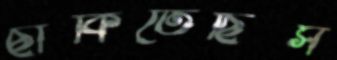
ছাঁকিতেছিস